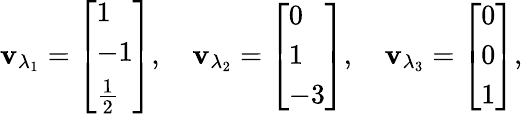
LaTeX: \mathbf{v}_{\lambda_{1}}={\left[\begin{array}{l}{1}\\ {-1}\\ {{\frac{1}{2}}}\end{array}\right]},\quad\mathbf{v}_{\lambda_{2}}={\left[\begin{array}{l}{0}\\ {1}\\ {-3}\end{array}\right]},\quad\mathbf{v}_{\lambda_{3}}={\left[\begin{array}{l}{0}\\ {0}\\ {1}\end{array}\right]},